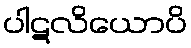
ပါဋလိယောပိ